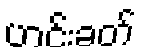
ဟင်းခတ်